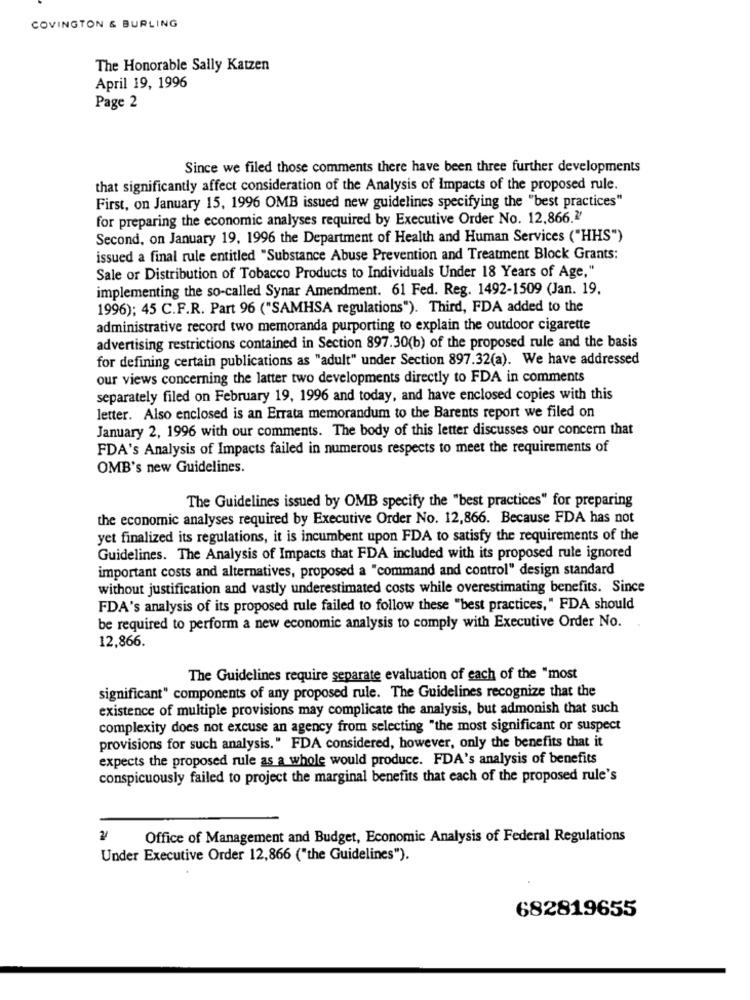
COVINGTON & BURLING
The Honorable Sally Katzen
April 19, 1996
Page 2
Since we filed those comments there have been three further developments
that significantly affect consideration of the Analysis of Impacts of the proposed rule.
First, on January 15, 1996 OMB issued new guidelines specifying the "best practices"
for preparing the economic analyses required by Executive Order No. 12,866.2'
Second, on January 19, 1996 the Department of Health and Human Services ("HHS")
issued a final rule entitled "Substance Abuse Prevention and Treatment Block Grants:
Sale or Distribution of Tobacco Products to Individuals Under 18 Years of Age,"
implementing the so-called Synar Amendment. 61 Fed. Reg. 1492-1509 (Jan. 19.
1996); 45 C.F.R. Part 96 ("SAMHSA regulations"). Third, FDA added to the
administrative record two memoranda purporting to explain the outdoor cigarette
advertising restrictions contained in Section 897.30(b) of the proposed rule and the basis
for defining certain publications as "adult" under Section 897.32(a). We have addressed
our views concerning the latter two developments directly to FDA in comments
separately filed on February 19, 1996 and today, and have enclosed copies with this
letter. Also enclosed is an Errata memorandum to the Barents report we filed on
January 2, 1996 with our comments. The body of this letter discusses our concern that
FDA's Analysis of Impacts failed in numerous respects to meet the requirements of
OMB's new Guidelines.
The Guidelines issued by OMB specify the "best practices" for preparing
the economic analyses required by Executive Order No. 12,866. Because FDA has not
yet finalized its regulations, it is incumbent upon FDA to satisfy the requirements of the
Guidelines. The Analysis of Impacts that FDA included with its proposed rule ignored
important costs and alternatives, proposed a "command and control" design standard
without justification and vastly underestimated costs while overestimating benefits. Since
FDA's analysis of its proposed rule failed to follow these "best practices," FDA should
be required to perform a new economic analysis to comply with Executive Order No.
12,866.
The Guidelines require separate evaluation of each of the "most
significant" components of any proposed rule. The Guidelines recognize that the
existence of multiple provisions may complicate the analysis, but admonish that such
complexity does not excuse an agency from selecting "the most significant or suspect
provisions for such analysis." FDA considered, however, only the benefits that it
expects the proposed rule as a whole would produce. FDA's analysis of benefits
conspicuously failed to project the marginal benefits that each of the proposed rule's
Office of Management and Budget, Economic Analysis of Federal Regulations
Under Executive Order 12,866 ("the Guidelines").
682819655